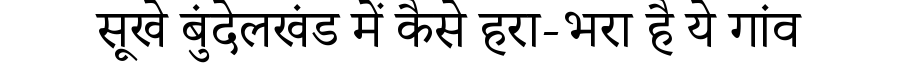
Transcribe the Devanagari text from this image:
सूखे बुंदेलखंड में कैसे हरा-भरा है ये गांव